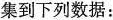
集到下列数据: